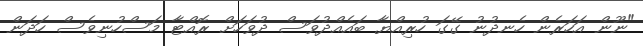
"ނޫން އަހަރެން ހެނދުނު ގޭގަ ހުރިއްޔާ ބައެއްދުވަސް ދުވަހަށް ރޮއްޓާ މަސްހުނިވެސް ހަދަން